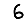
Digit: 6